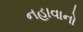
નહાવાનો